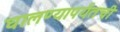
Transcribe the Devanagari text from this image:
घालण्यापर्यंतची